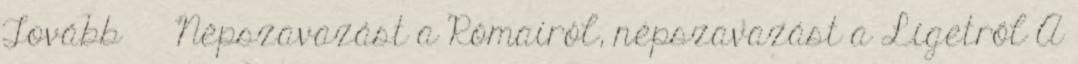
Tovább › ›Népszavazást a Rómairól, népszavazást a Ligetről A